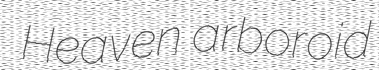
Heaven arboroid